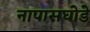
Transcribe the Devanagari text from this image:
नापासघोडे